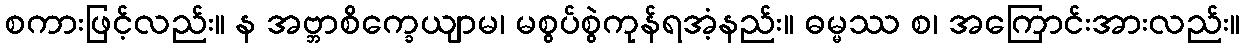
စကားဖြင့်လည်း။ န အဗ္ဘာစိက္ခေယျာမ၊ မစွပ်စွဲကုန်ရအံ့နည်း။ ဓမ္မဿ စ၊ အကြောင်းအားလည်း။